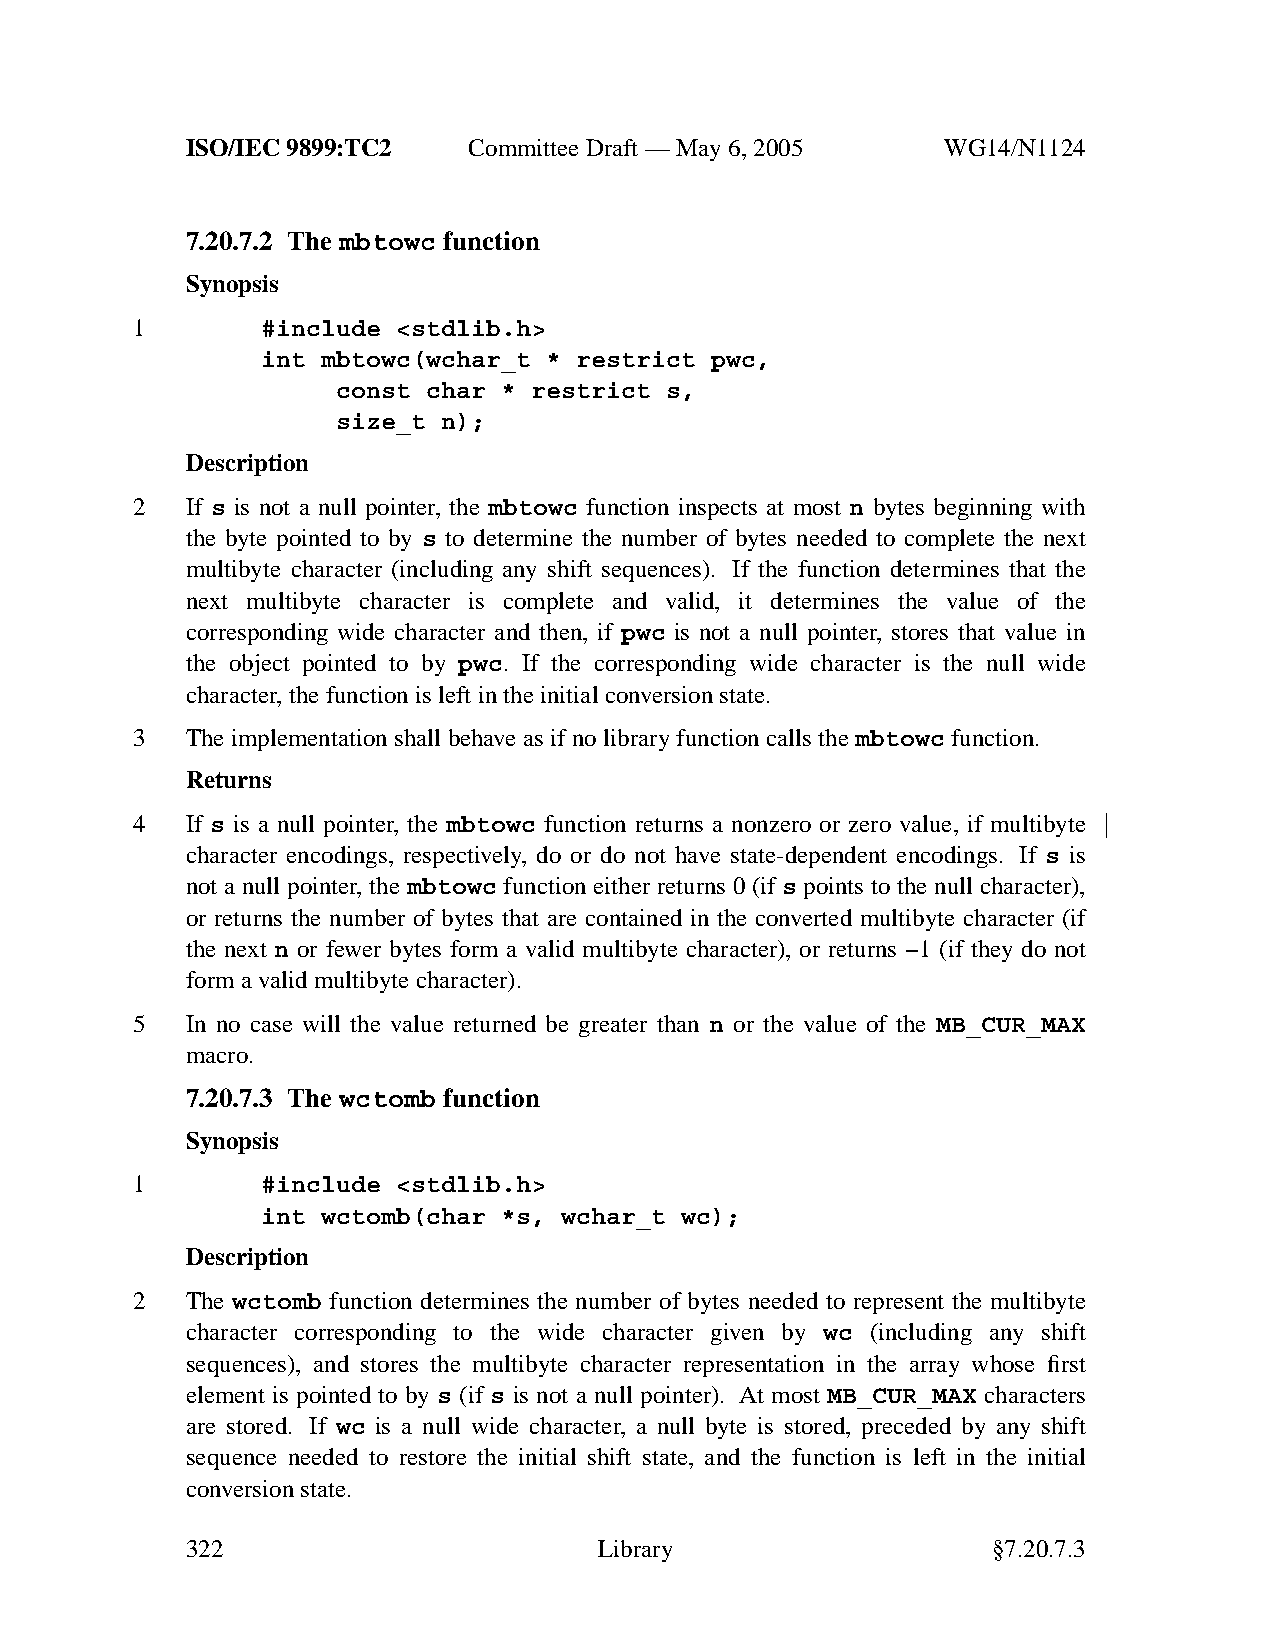
ISO/IEC 9899:TC2   Committee Draft — May 6, 2005   WG14/N1124
 7.20.7.2 The mbtowc function
 Synopsis
 1       #include <stdlib.h>
 int mbtowc(wchar_t * restrict pwc,
 const char * restrict s,
 size_t n);
 Description
 2  If s is not a null pointer, the mbtowc function inspects at most n bytes beginning with
 the byte pointed to by s to determine the number of bytes needed to complete the next
 multibyte character (including any shift sequences). If the function determines that the
 next multibyte character is complete and valid, it determines the value of the
 corresponding wide character and then, if pwc is not a null pointer, stores that value in
 the object pointed to by pwc. If the corresponding wide character is the null wide
 character,the function is left in the initial conversion state.
 3  The implementation shall behave asifnolibrary function calls the mbtowc function.
 Returns
 4  If s is a null pointer, the mbtowc function returns a nonzero or zero value, if multibyte
 character encodings, respectively, do or do not have state-dependent encodings. If s is
 not a null pointer, the mbtowc function either returns 0 (if s points to the null character),
 or returns the number of bytes that are contained in the converted multibyte character (if
 the next n or fewer bytes form a valid multibyte character), or returns −1 (if they do not
 form a valid multibyte character).
 5  In no case will the value returned be greater than n or the value of the MB_CUR_MAX
 macro.
 7.20.7.3 The wctomb function
 Synopsis
 1       #include <stdlib.h>
 int wctomb(char *s, wchar_t wc);
 Description
 2  The wctomb function determines the number of bytes needed to represent the multibyte
 character corresponding to the wide character given by wc (including any shift
 sequences), and stores the multibyte character representation in the array whose first
 element is pointed to by s (if s is not a null pointer). At most MB_CUR_MAX characters
 are stored. If wc is a null wide character, a null byte is stored, preceded by any shift
 sequence needed to restore the initial shift state, and the function is left in the initial
 conversion state.
 322                         Library                   §7.20.7.3